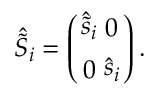
{ \hat { \tilde { S } } } _ { i } = \left( { { \hat { \tilde { s } } _ { i } } \atop 0 } { 0 \atop { { \hat { s } } _ { i } } } \right) .